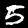
Label: 5